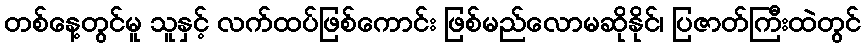
တစ်နေ့တွင်မူ သူနှင့် လက်ထပ်ဖြစ်ကောင်း ဖြစ်မည်လောမဆိုနိုင်၊ ပြဇာတ်ကြီးထဲတွင်